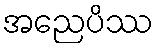
အညေပိဿ